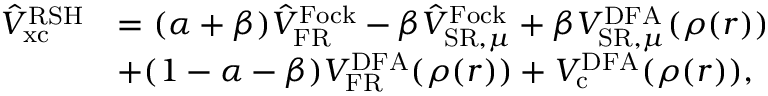
\begin{array} { r l } { \hat { V } _ { \mathrm { x c } } ^ { \mathrm { R S H } } } & { = ( \alpha + \beta ) \hat { V } _ { \mathrm { F R } } ^ { \mathrm { F o c k } } - \beta \hat { V } _ { \mathrm { S R } , \mu } ^ { \mathrm { F o c k } } + \beta V _ { \mathrm { S R } , \mu } ^ { \mathrm { D F A } } ( \rho ( \boldsymbol { r } ) ) } \\ & { + ( 1 - \alpha - \beta ) V _ { \mathrm { F R } } ^ { \mathrm { D F A } } ( \rho ( \boldsymbol { r } ) ) + V _ { \mathrm { c } } ^ { \mathrm { D F A } } ( \rho ( \boldsymbol { r } ) ) , } \end{array}